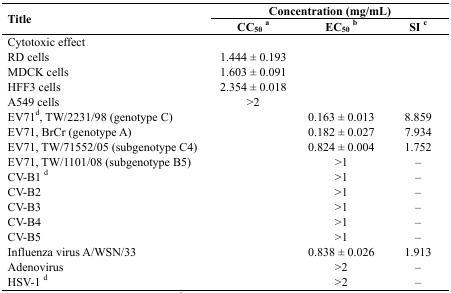
<table><thead><tr><td rowspan="2"><b>Title</b></td><td colspan="3"><b>Concentration (mg/mL)</b></td></tr><tr><td><b>CC<sub>50</sub><sup>a</sup></b></td><td><b>EC<sub>50</sub><sup>b</sup></b></td><td><b>SI <sup>c</sup></b></td></tr></thead><tbody><tr><td>Cytotoxic effect</td><td></td><td></td><td></td></tr><tr><td>RD cells</td><td>1.444 ± 0.193</td><td></td><td></td></tr><tr><td>MDCK cells</td><td>1.603 ± 0.091</td><td></td><td></td></tr><tr><td>HFF3 cells</td><td>2.354 ± 0.018</td><td></td><td></td></tr><tr><td>A549 cells</td><td>&gt;2</td><td></td><td></td></tr><tr><td>EV71<sup>d</sup>, TW/2231/98 (genotype C)</td><td></td><td>0.163 ± 0.013</td><td>8.859</td></tr><tr><td>EV71, BrCr (genotype A)</td><td></td><td>0.182 ± 0.027</td><td>7.934</td></tr><tr><td>EV71, TW/71552/05 (subgenotype C4)</td><td></td><td>0.824 ± 0.004</td><td>1.752</td></tr><tr><td>EV71, TW/1101/08 (subgenotype B5)</td><td></td><td>&gt;1</td><td>–</td></tr><tr><td>CV-B1 <sup>d</sup></td><td></td><td>&gt;1</td><td>–</td></tr><tr><td>CV-B2</td><td></td><td>&gt;1</td><td>–</td></tr><tr><td>CV-B3 </td><td></td><td>&gt;1</td><td>–</td></tr><tr><td>CV-B4 </td><td></td><td>&gt;1</td><td>–</td></tr><tr><td>CV-B5 </td><td></td><td>&gt;1</td><td>–</td></tr><tr><td>Influenza virus A/WSN/33 </td><td></td><td>0.838 ± 0.026</td><td>1.913</td></tr><tr><td>Adenovirus</td><td></td><td>&gt;2</td><td>–</td></tr><tr><td>HSV-1 <sup>d</sup></td><td></td><td>&gt;2</td><td>–</td></tr></tbody></table>